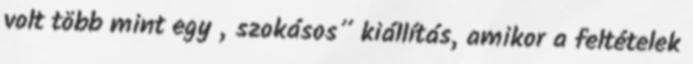
volt több mint egy „szokásos” kiállítás, amikor a feltételek